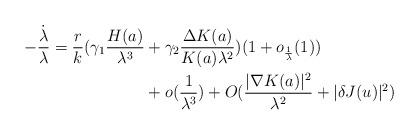
LaTeX: \begin{align*}-\frac{\dot{\lambda}}{\lambda}=\frac{r}{k}(\gamma_{1}\frac{H(a)}{\lambda^{3}}& +\gamma_{2}\frac{\Delta K(a)}{K(a)\lambda^{2}})(1+o_{\frac{1}{\lambda}}(1))\\& +o(\frac{1}{\lambda^{3}})+O(\frac{\vert\nabla K(a)\vert^{2}}{\lambda^{2}}+\vert \delta J(u)\vert^{2})\end{align*}